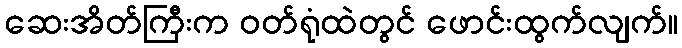
ဆေးအိတ်ကြီးက ဝတ်ရုံထဲတွင် ဖောင်းထွက်လျက်။